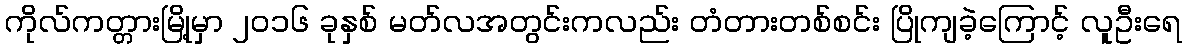
ကိုလ်ကတ္တားမြို့မှာ ၂၀၁၆ ခုနှစ် မတ်လအတွင်းကလည်း တံတားတစ်စင်း ပြိုကျခဲ့ကြောင့် လူဦးရေ